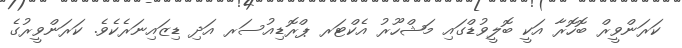
ކަރަންވީރް ބޮހޮރާ އަކީ ބޮލީވުޑްގައި މަޝްހޫރު އެކްޓަރ ޕްރޮޑިއުސަރ އަދި ޑިޒައިނަރެކެވެ. ކަރަންވީރުގެ